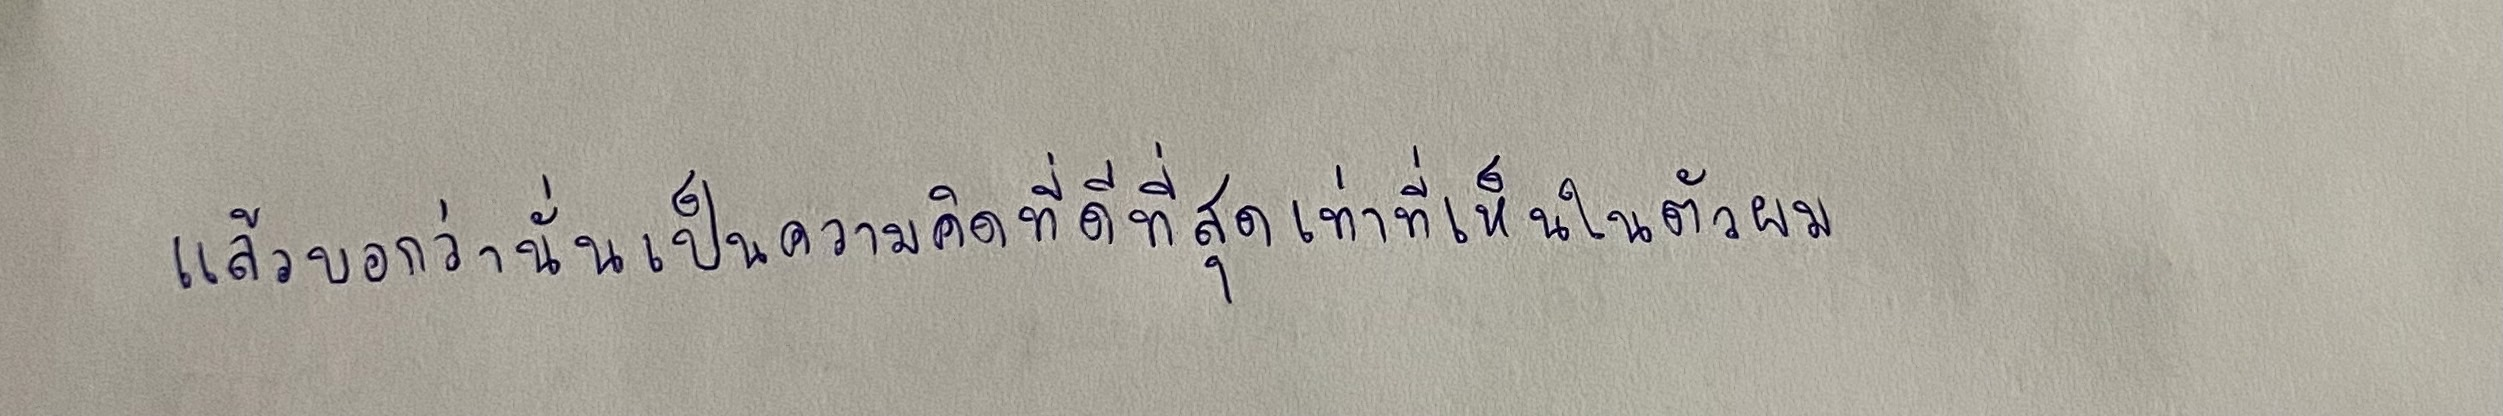
แล้วบอกว่านั่นเป็นความคิดที่ดีที่สุดเท่าที่เห็นในตัวผม